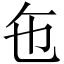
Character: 㐌